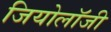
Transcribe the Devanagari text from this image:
जियोलाॅजी